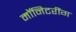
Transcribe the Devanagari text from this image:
मॉनिटरींग